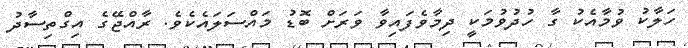
ހަލާކު ވުމާއެކު ގާ ހުދުވުމަކީ ދިިމާވެފައިވާ ވަރަށް ބޮޑު މައްސަލައެކެވެ. ރާއްޖޭގެ އިގްތިސާދު